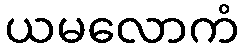
ယမလောကံ